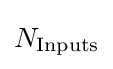
N_{\text{Inputs}}